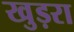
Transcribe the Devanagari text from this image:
खुड़रा